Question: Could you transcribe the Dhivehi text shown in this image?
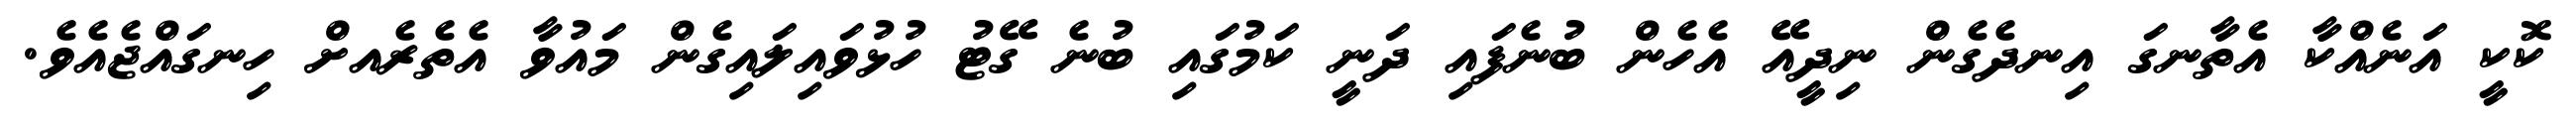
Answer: ކޮކީ އަނެއްކާ އެތާނގަ އިނދެގެން ނިދީއޭ އެހެން ބުނެފައި ދަނީ ކަމުގައި ބުނެ ގޭޓު ހުޅުވައިލައިގެން މައުވާ އެތެރެއށް ހިނގައްޖެއެވެ.